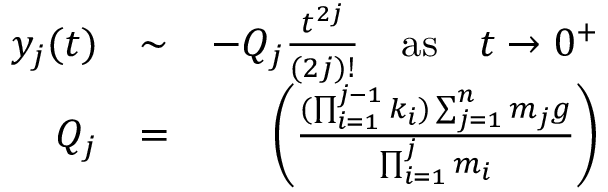
\begin{array} { r l r } { y _ { j } ( t ) } & { \sim } & { - Q _ { j } \frac { t ^ { 2 j } } { ( 2 j ) ! } \quad \mathrm { a s } \quad t \rightarrow 0 ^ { + } } \\ { Q _ { j } } & { = } & { \left( \frac { ( \prod _ { i = 1 } ^ { j - 1 } k _ { i } ) \sum _ { j = 1 } ^ { n } m _ { j } g } { \prod _ { i = 1 } ^ { j } m _ { i } } \right) } \end{array}